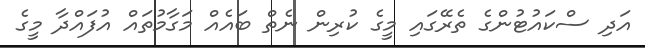
އަދި ސްކައުޓުންގެ ތެރޭގައި މީގެ ކުރިން ނެތް ބައެއް މަގާމުތައް އުފައްދާ މީގެ